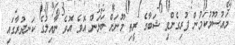
މައުސޫމުކަމުން ފުރިގެންވި ޝަބާގެ ރީތި މޫނަށް ބަލަން އޮވެ އޮވެ ނާއިލުގެ ކަނދުރާގައި